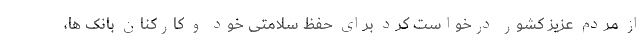
از مردم عزیز کشور درخواست کرد برای حفظ سلامتی خود و کارکنان بانک ها،